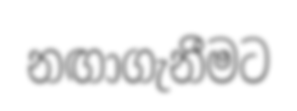
නඟාගැනීමට